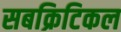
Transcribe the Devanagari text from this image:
सबक्रिटिकल